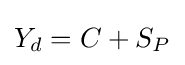
Y_{d}=C+S_{P}